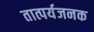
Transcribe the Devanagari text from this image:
तात्पर्यजनक